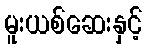
မူးယစ်ဆေးနှင့်